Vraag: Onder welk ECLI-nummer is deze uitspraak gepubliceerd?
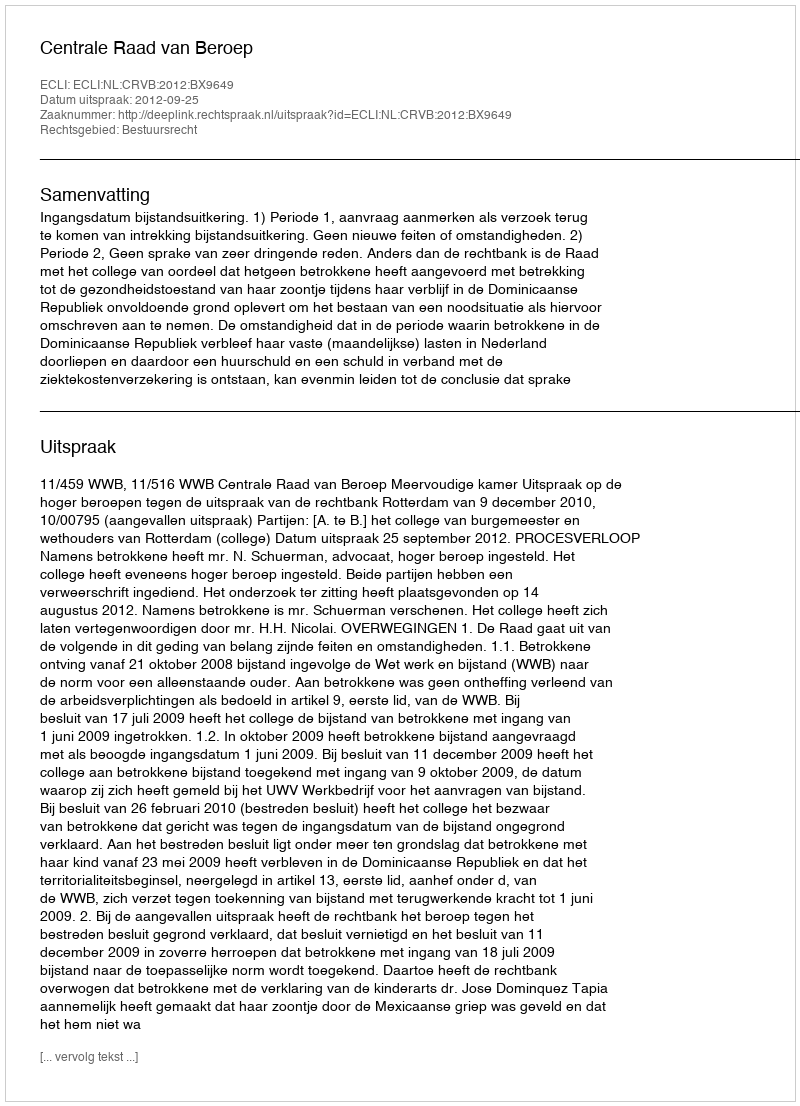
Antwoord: ECLI:NL:CRVB:2012:BX9649